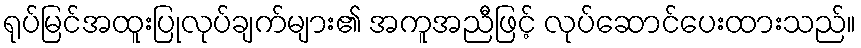
ရုပ်မြင်အထူးပြုလုပ်ချက်များ၏ အကူအညီဖြင့် လုပ်ဆောင်ပေးထားသည်။